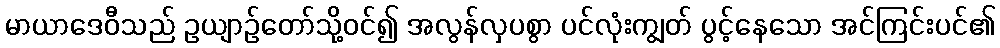
မာယာဒေဝီသည် ဥယျာဉ်တော်သို့ဝင်၍ အလွန်လှပစွာ ပင်လုံးကျွတ် ပွင့်နေသော အင်ကြင်းပင်၏